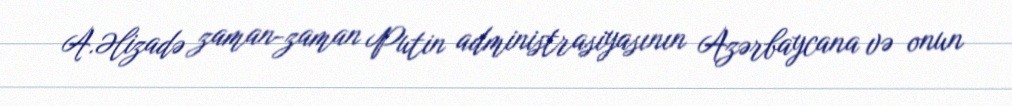
A.Əlizadə zaman-zaman Putin administrasiyasının Azərbaycana və onun